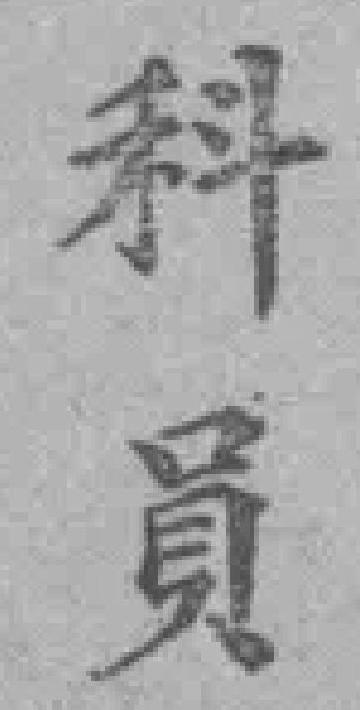
科員